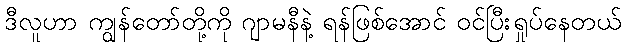
ဒီလူဟာ ကျွန်တော်တို့ကို ဂျာမနီနဲ့ ရန်ဖြစ်အောင် ဝင်ပြီးရှုပ်နေတယ်